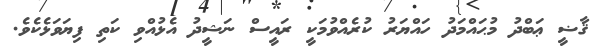
ޤާޟީ ޢަބްދު މުޙައްމަދު ހައްޔަރު ކުރެއްވުމަކީ ރައީސް ނަޝީދު އެޅުއްވި ކަތި ފިޔަވަޅެކެވެ.